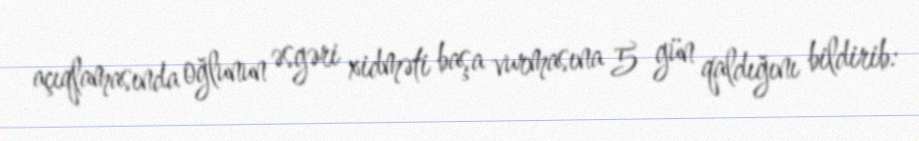
açıqlamasında oğlunun əsgəri xidməti başa vurmasına 5 gün qaldığını bildirib: